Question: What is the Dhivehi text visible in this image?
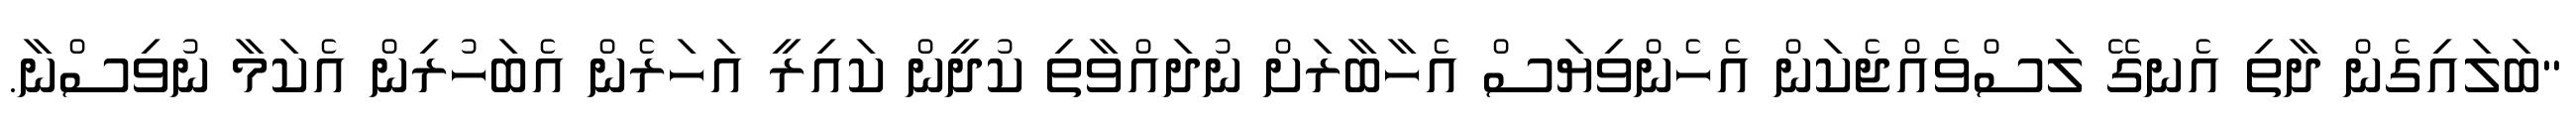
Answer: "ބަލައިގެން ދާތި އެނގޭ ލަސްވެއްޖެކަން އެހެންވިޔަސް އެހާބާރަށް ނުދައްވާތި ކުދީން ކައިރީ އަހަރެން އެބަހުރިން އެކަމާ ނުވިސްނާ.